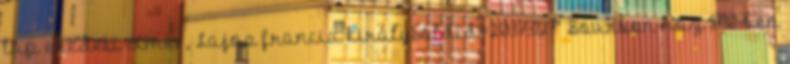
lap eredeti címe: „ Lajos francia király&oldid=20373127” Bourbon-ház 1710-ben